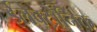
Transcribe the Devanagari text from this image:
ईलेक्ट्रोनिक